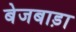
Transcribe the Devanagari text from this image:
बेजबाड़ा